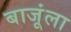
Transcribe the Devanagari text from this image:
बाजूंला